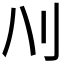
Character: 𰄙